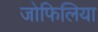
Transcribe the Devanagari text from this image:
जोफिलिया